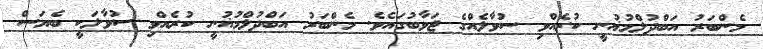
މެންބަރު އަބްދުލްމުޣުނީ ކުރެއްވި ސުވާލެއްގެ ޖަވާބުގައެވެ. މެންބަރު އަބްދުލްމުޣުނީ ކުރެއްވި ސުވާލަކީ ބެޔަސް